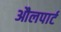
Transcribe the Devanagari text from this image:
औलपार्ट